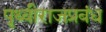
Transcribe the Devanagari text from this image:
पृथ्वीराजप्रबंध